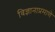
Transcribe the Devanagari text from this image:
विज्ञानाप्रमाणे